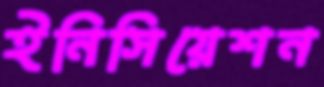
ইনিসিয়েশন